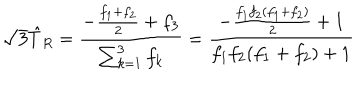
LaTeX: \sqrt { 3 } \hat { T } _ { R } = { \frac { - { \frac { f _ { 1 } + f _ { 2 } } { 2 } } + f _ { 3 } } { \sum _ { k = 1 } ^ { 3 } f _ { k } } } = { \frac { - { \frac { f _ { 1 } f _ { 2 } ( f _ { 1 } + f _ { 2 } ) } { 2 } } + 1 } { f _ { 1 } f _ { 2 } ( f _ { 1 } + f _ { 2 } ) + 1 } }